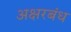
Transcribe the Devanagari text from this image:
अक्षरबंध